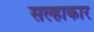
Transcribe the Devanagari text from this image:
सल्हाकार